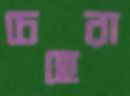
চেহেরা